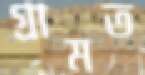
গ্রামত